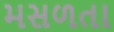
મસળતા